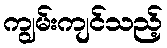
ကျွမ်းကျင်သည့်